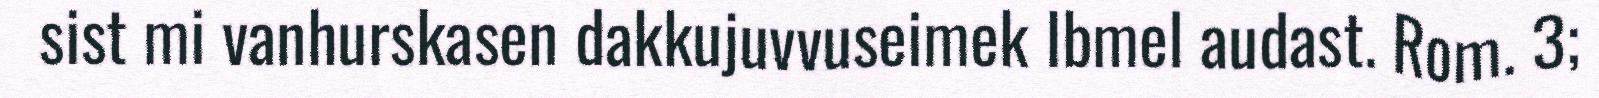
sist mi vanhurskasen dakkujuvvuseimek Ibmel audast. Rom. 3;